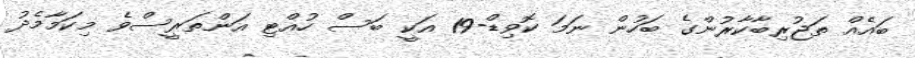
ބައެއް ތަޖުރިބާކާރުންގެ ބަހުން ނަމަ ކޮވިޑް-19 އަކީ ބަސް ހުއްޓި އަންތަރީސްވެ މިކަމާމެދު